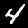
Digit: 4